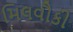
મિલવૌકી